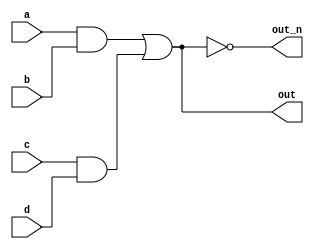
module top_module (
	input a,
	input b,
	input c,
	input d,
	output out,
	output out_n );
	
	wire w1, w2;		// Declare two wires (named w1 and w2)
	assign w1 = a&b;	// First AND gate
	assign w2 = c&d;	// Second AND gate
	assign out = w1|w2;	// OR gate: Feeds both 'out' and the NOT gate

	assign out_n = ~out;	// NOT gate
	
endmodule
module top_module(
    input a,
    input b,
    input c,
    input d,
    output out,
    output out_n); 
    wire x;
    wire y;
    wire z;
    and(x,a,b);
    and(y,c,d);
    or(out,x,y);
    nor(out_n,x,y);

endmodule